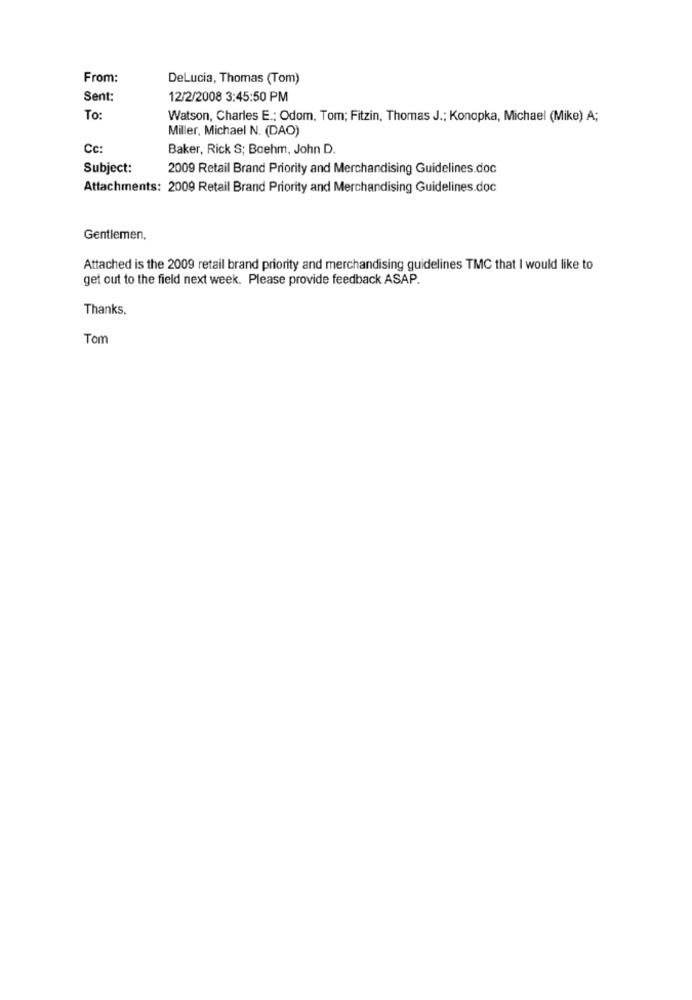
From:
DeLucia, Thomas (Tom)
Sent:
12/2/2008 3:45:50 PM
To:
Watson, Charles E .; Odom, Tom; Fitzin, Thomas J .; Konopka, Michael (Mike) A;
Miller, Michael N. (DAO)
Cc:
Baker, Rick S; Boehm, John D.
Subject:
2009 Retail Brand Priority and Merchandising Guidelines.doc
Attachments: 2009 Retail Brand Priority and Merchandising Guidelines.doc
Gentlemen.
Attached is the 2009 retail brand priority and merchandising guidelines TMC that I would like to
get out to the field next week. Please provide feedback ASAP.
Thanks.
Tom